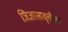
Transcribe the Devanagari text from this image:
जिज्ञासावृत्तीला